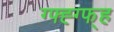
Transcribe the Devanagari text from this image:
ग्फ्ह्ग्फ्ह